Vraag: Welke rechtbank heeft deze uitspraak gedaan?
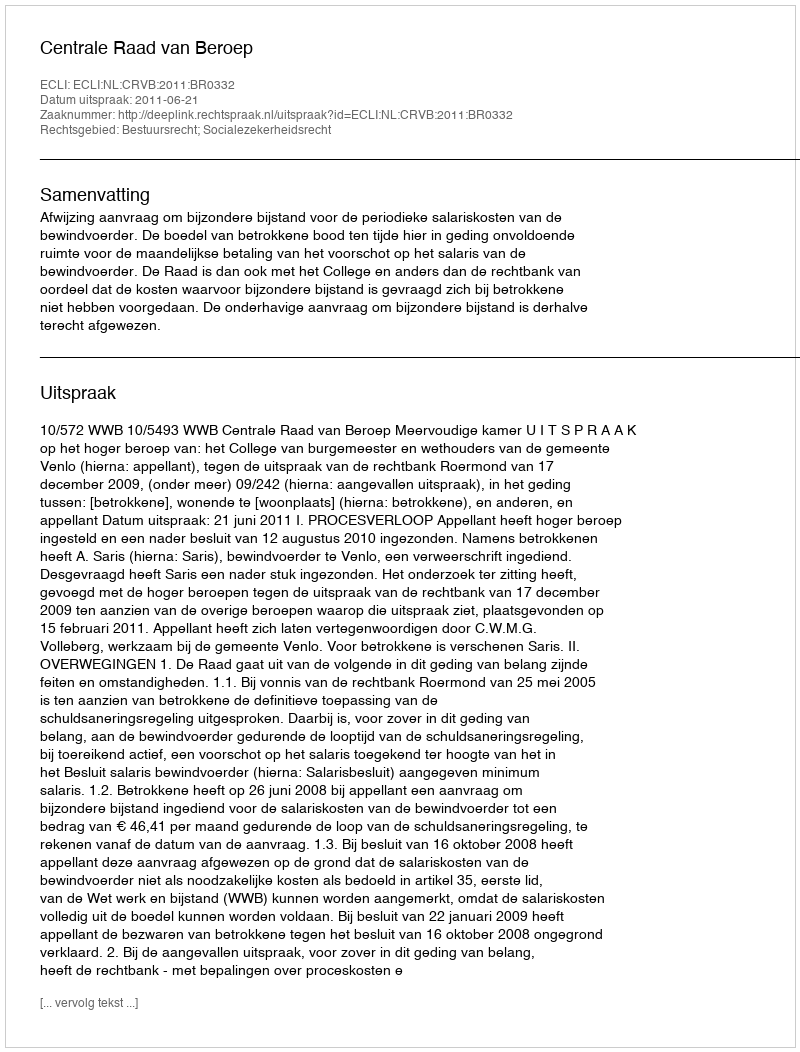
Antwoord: Centrale Raad van Beroep